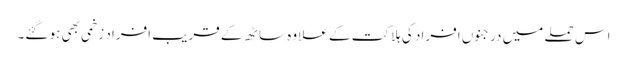
اس حملے میں درجنوں افراد کی ہلاکت کے علاوہ ساٹھ کے قریب افراد زخمی بھی ہو گئے۔